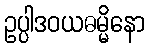
ဥပ္ပါဒဝယဓမ္မိနော